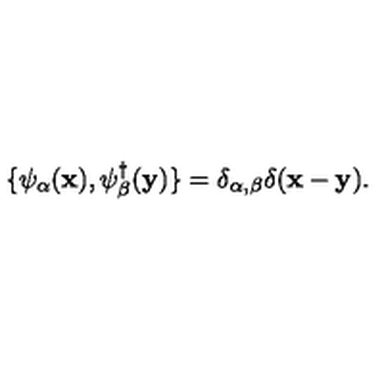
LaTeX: \{ \psi _ { \alpha } ( { \bf x } ) , \psi _ { \beta } ^ { \dagger } ( { \bf y } ) \} = \delta _ { \alpha , \beta } \delta ( { \bf x - y } ) .